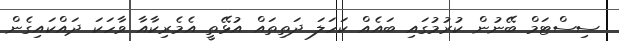
ސިސްޓަމް ބޭނުން ކުރުމުގައި ބައެއް ކަހަލަ ދަތިތައް އުޅޭތީ އެމެރިކާއާ ވާހަކަ ދައްކައިގެން